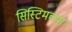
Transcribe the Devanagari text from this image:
सिस्टिमच्या